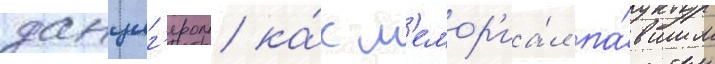
данциг'ером ка́к м'емор'иа́л па́вшим